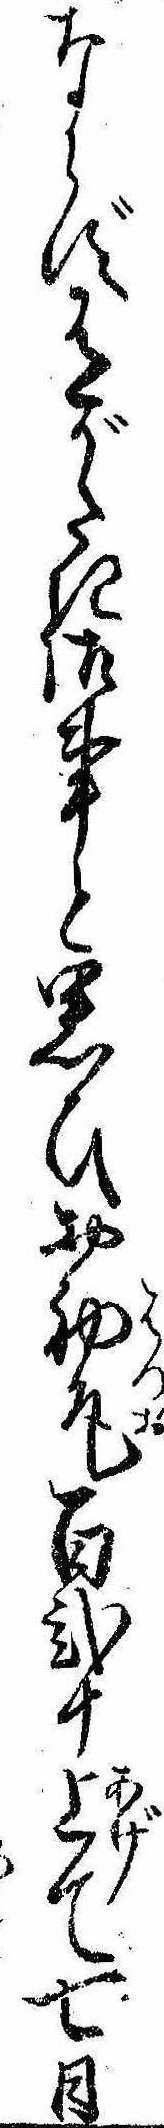
ならず有がたき御事と思ひお初尾百弐十上て七日